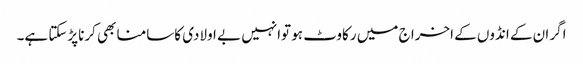
اگر ان کے انڈوں کے اخرا ج میں رکاوٹ ہو توانہیں بے اولادی کاسامنا بھی کرناپڑسکتا ہے۔